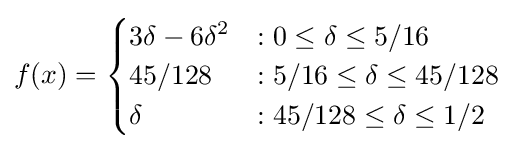
f(x)={\begin{cases}3\delta -6\delta ^{2}&:0\leq \delta \leq 5/16\\45/128&:5/16\leq \delta \leq 45/128\\\delta &:45/128\leq \delta \leq 1/2\end{cases}}